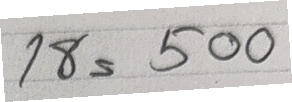
18 = 500